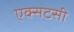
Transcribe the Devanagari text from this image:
एक्सटसी